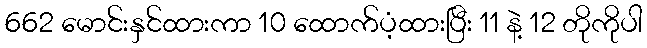
662 မောင်းနှင်ထားကာ 10 ထောက်ပံ့ထားပြီး 11 နဲ့ 12 တိုကိုပါ